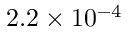
2 . 2 \times 1 0 ^ { - 4 }